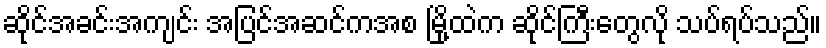
ဆိုင်အခင်းအကျင်း အပြင်အဆင်ကအစ မြို့ထဲက ဆိုင်ကြီးတွေလို သပ်ရပ်သည်။